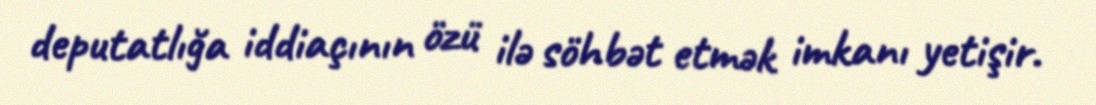
deputatlığa iddiaçının özü ilə söhbət etmək imkanı yetişir.